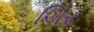
ચિર